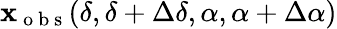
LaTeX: \mathbf{x}_{\mathrm{{~o~b~s~}}}(\delta,\delta+\Delta\delta,\alpha,\alpha+\Delta\alpha)